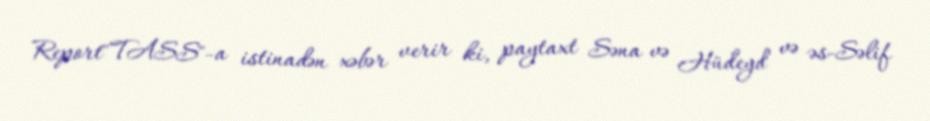
Report"TASS"-a istinadən xəbər verir ki, paytaxt Səna və Hüdeyd və əs-Səlif